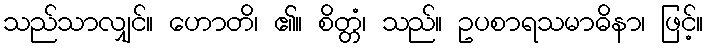
သည်သာလျှင်။ ဟောတိ၊ ၏။ စိတ္တံ၊ သည်။ ဥပစာရသမာဓိနာ၊ ဖြင့်။